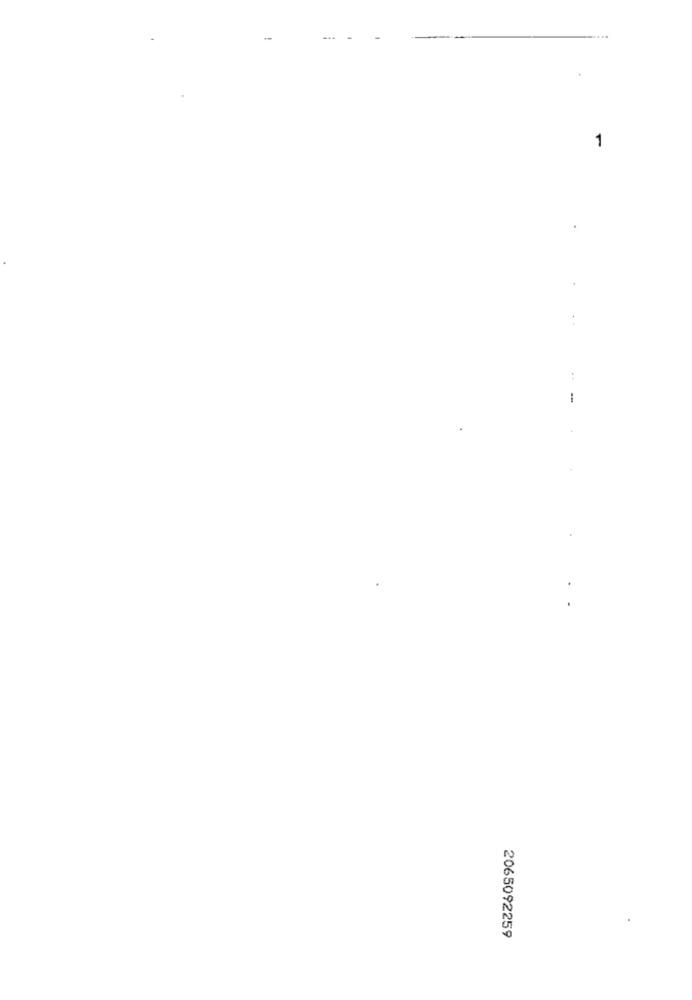
-
-
2065092259